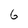
Character: 6